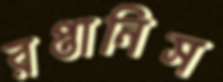
রপ্তানিস